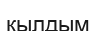
қылдым